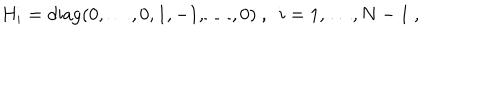
H _ { i } = \mathrm { d i a g } ( 0 , \ldots , 0 , 1 , - 1 , \ldots , 0 ) ~ , ~ ~ i = 1 , \ldots , N - 1 ~ ,